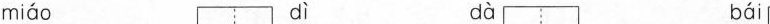
miáo dì dà bái